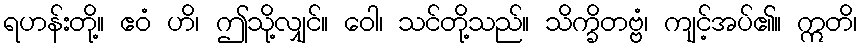
ရဟန်းတို့။ ဧဝံ ဟိ၊ ဤသို့လျှင်။ ဝေါ၊ သင်တို့သည်။ သိက္ခိတဗ္ဗံ၊ ကျင့်အပ်၏။ ဣတိ၊